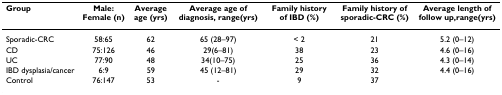
<table><thead><tr><td><b>Group</b></td><td><b>Male: Female (n)</b></td><td><b>Average age (yrs)</b></td><td><b>Average age of diagnosis, range(yrs)</b></td><td><b>Family history of IBD (%)</b></td><td><b>Family history of sporadic-CRC (%)</b></td><td><b>Average length of follow up,range(yrs)</b></td></tr></thead><tbody><tr><td>Sporadic-CRC</td><td>58:65</td><td>62</td><td>65 (28–97)</td><td>&lt; 2</td><td>21</td><td>5.2 (0–12)</td></tr><tr><td>CD</td><td>75:126</td><td>46</td><td>29(6–81)</td><td>38</td><td>23</td><td>4.6 (0–16)</td></tr><tr><td>UC</td><td>77:90</td><td>48</td><td>34(10–75)</td><td>25</td><td>36</td><td>4.3 (0–14)</td></tr><tr><td>IBD dysplasia/cancer</td><td>6:9</td><td>59</td><td>45 (12–81)</td><td>29</td><td>32</td><td>4.4 (0–16)</td></tr><tr><td>Control</td><td>76:147</td><td>53</td><td>-</td><td>9</td><td>37</td><td></td></tr></tbody></table>